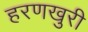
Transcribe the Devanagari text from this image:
हरणखुरी